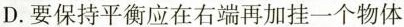
D.要保持平衡应在右端再加挂一个物体